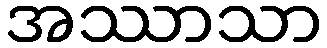
အဿာသာ